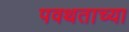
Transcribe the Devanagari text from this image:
पवथताच्या